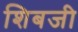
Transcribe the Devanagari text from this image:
शिबजी